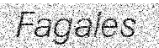
Fagales